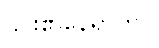
၎င်း၏နေရာတွင်